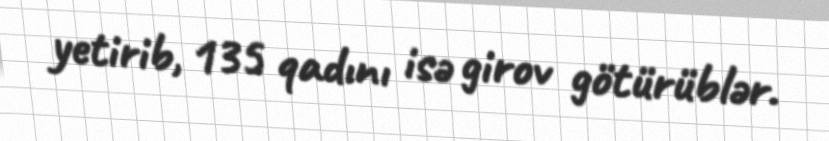
yetirib, 135 qadını isə girov götürüblər.